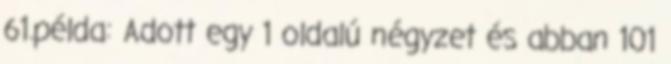
61.példa: Adott egy 1 oldalú négyzet és abban 101